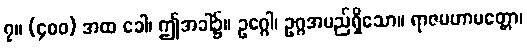
၇။ (၄၀၀) အထ ခေါ၊ ဤအခါ၌။ ဥဂ္ဂေါ၊ ဥဂ္ဂအမည်ရှိသော။ ရာဇမဟာမတ္တော၊